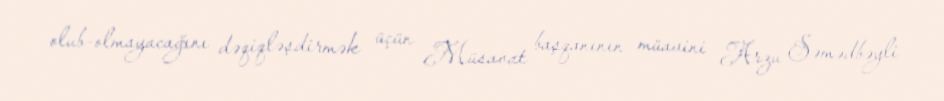
olub-olmayacağını dəqiqləşdirmək üçün Müsavat başqanının müavini Arzu Səmədbəyli